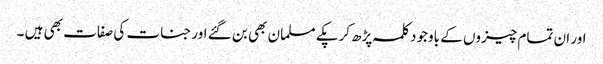
اور ان تمام چیزوں کے باوجود کلمہ پڑھ کرپکے مسلمان بھی بن گئے اور جنات کی صفات بھی ہیں ۔